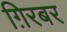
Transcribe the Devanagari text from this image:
ग़िरबर